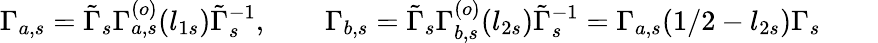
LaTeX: \Gamma_{a,s}=\tilde{\Gamma}_{s}\Gamma_{a,s}^{(o)}(l_{1s})\tilde{\Gamma}_{s}^{-1},\qquad\Gamma_{b,s}=\tilde{\Gamma}_{s}\Gamma_{b,s}^{(o)}(l_{2s})\tilde{\Gamma}_{s}^{-1}=\Gamma_{a,s}({1/2}-l_{2s})\Gamma_{s}\qquad